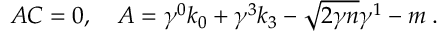
A C = 0 , \quad A = \gamma ^ { 0 } k _ { 0 } + \gamma ^ { 3 } k _ { 3 } - \sqrt { 2 \gamma n } \gamma ^ { 1 } - m \; .